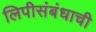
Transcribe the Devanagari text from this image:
लिपीसंबंधाची